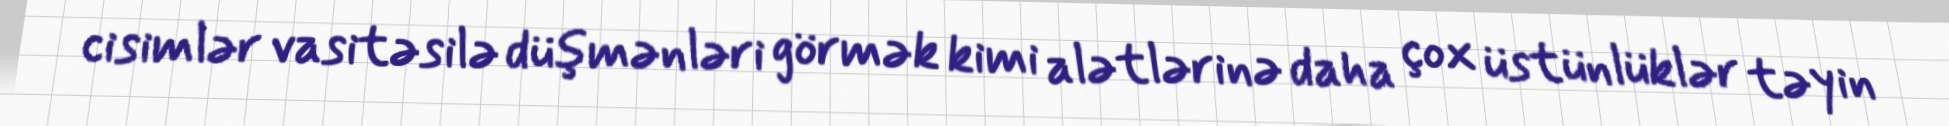
cisimlər vasitəsilə düşmənləri görmək kimi alətlərinə daha çox üstünlüklər təyin